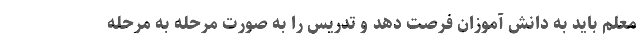
معلم باید به دانش آموزان فرصت دهد و تدریس را به صورت مرحله به مرحله